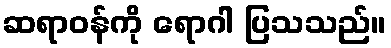
ဆရာဝန်ကို ရောဂါ ပြသသည်။